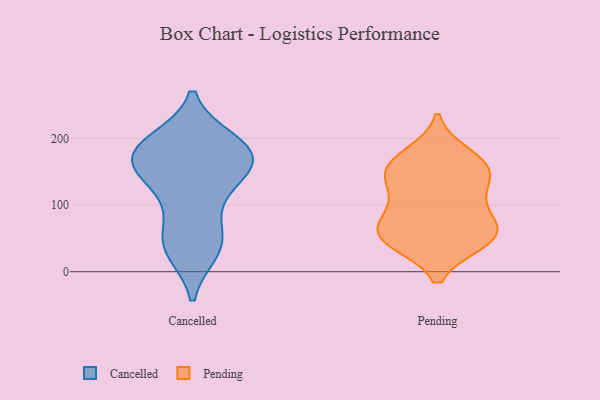
{"axis": {"x": "Net Income (USD K)", "y": "Value"}, "legend": ["Cancelled", "Pending"], "data": [{"x": "", "y": 189, "type": "Cancelled"}, {"x": "", "y": 163, "type": "Cancelled"}, {"x": "", "y": 145, "type": "Cancelled"}, {"x": "", "y": 172, "type": "Cancelled"}, {"x": "", "y": 53, "type": "Cancelled"}, {"x": "", "y": 158, "type": "Cancelled"}, {"x": "", "y": 129, "type": "Cancelled"}, {"x": "", "y": 192, "type": "Cancelled"}, {"x": "", "y": 35, "type": "Cancelled"}, {"x": "", "y": 195, "type": "Cancelled"}, {"x": "", "y": 181, "type": "Cancelled"}, {"x": "", "y": 164, "type": "Cancelled"}, {"x": "", "y": 32, "type": "Cancelled"}, {"x": "", "y": 99, "type": "Cancelled"}, {"x": "", "y": 45, "type": "Cancelled"}, {"x": "", "y": 116, "type": "Pending"}, {"x": "", "y": 175, "type": "Pending"}, {"x": "", "y": 45, "type": "Pending"}, {"x": "", "y": 118, "type": "Pending"}, {"x": "", "y": 46, "type": "Pending"}, {"x": "", "y": 164, "type": "Pending"}, {"x": "", "y": 151, "type": "Pending"}, {"x": "", "y": 46, "type": "Pending"}, {"x": "", "y": 74, "type": "Pending"}, {"x": "", "y": 56, "type": "Pending"}, {"x": "", "y": 63, "type": "Pending"}, {"x": "", "y": 82, "type": "Pending"}, {"x": "", "y": 155, "type": "Pending"}, {"x": "", "y": 147, "type": "Pending"}]}